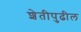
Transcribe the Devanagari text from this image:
शेतीपुढील